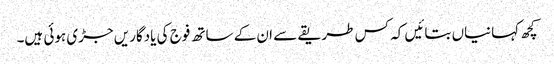
کچھ کہانیاں بتائیں کہ کس طریقے سے ان کے ساتھ فوج کی یادگاریں جڑی ہوئی ہیں۔